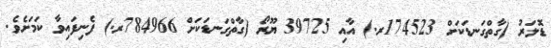
ޑޮލަރު (ގާތްގަނޑަކަށް 174523ރ.) އާއި 39725 ޔޫރޯ (ގާތްގަނޑަކަށް 784966ރ.) ފެނިފައިވާ ކަމަށެވެ.